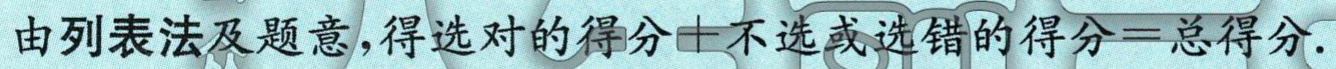
由列表法及题意，得选对的得分 \(+\) 不选或选错的得分 \(=\) 总得分.